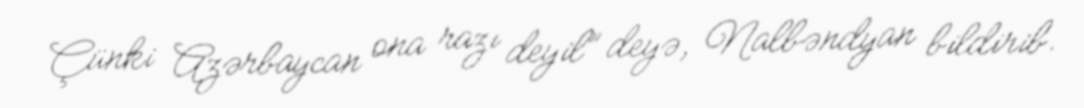
Çünki Azərbaycan ona razı deyil” deyə, Nalbəndyan bildirib.